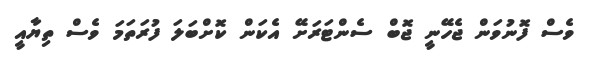
ވެސް ފޮނުވަން ޖެހޭނީ ޖޮބް ސެންޓަރަށޭ އެކަން ކޮށްބަލަ ފުރަތަމަ ވެސް ތިޔާއީ